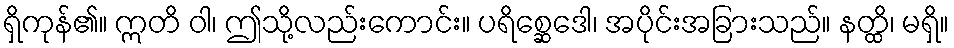
ရှိကုန်၏။ ဣတိ ဝါ၊ ဤသို့လည်းကောင်း။ ပရိစ္ဆေဒေါ၊ အပိုင်းအခြားသည်။ နတ္ထိ၊ မရှိ။